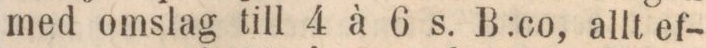
med omslag till 4 à 6 s. B:co, allt ef-